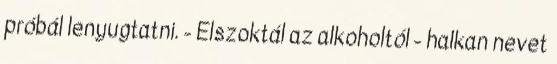
próbál lenyugtatni. - Elszoktál az alkoholtól - halkan nevet